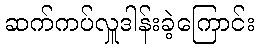
ဆက်ကပ်လှူဒါန်းခဲ့ကြောင်း